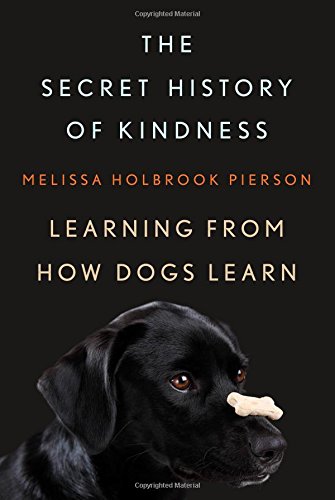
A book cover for The Secret History of Kindness: Learning from How Dogs Learn; Melissa Holbrook Pierson; Crafts, Hobbies & Home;